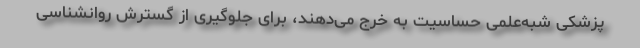
پزشکی شبه‌علمی حساسیت به خرج می‌دهند، برای جلوگیری از گسترش روانشناسی